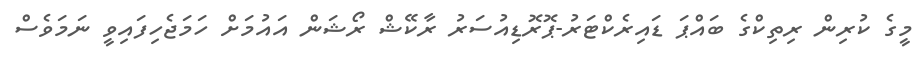
މީގެ ކުރިން ރިތިކްގެ ބައްޕަ ޑައިރެކްޓަރު-ޕޮރޮޑިއުސަރު ރާކޭޝް ރޯޝަން އައުމަށް ހަމަޖެހިފައިވީ ނަމަވެސް